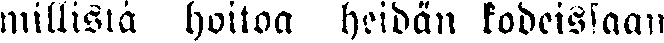
millistä hoitoa heidän kodeissaan